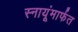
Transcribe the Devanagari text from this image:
स्नायूंमार्फत